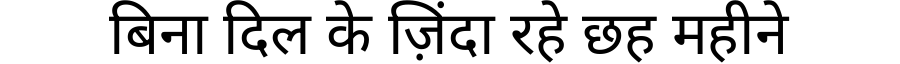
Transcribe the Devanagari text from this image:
बिना दिल के ज़िंदा रहे छह महीने